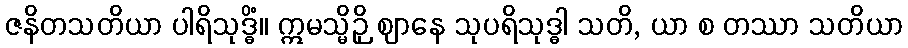
ဇနိတသတိယာ ပါရိသုဒ္ဓိံ။ ဣမသ္မိဉှိ ဈာနေ သုပရိသုဒ္ဓါ သတိ, ယာ စ တဿာ သတိယာ